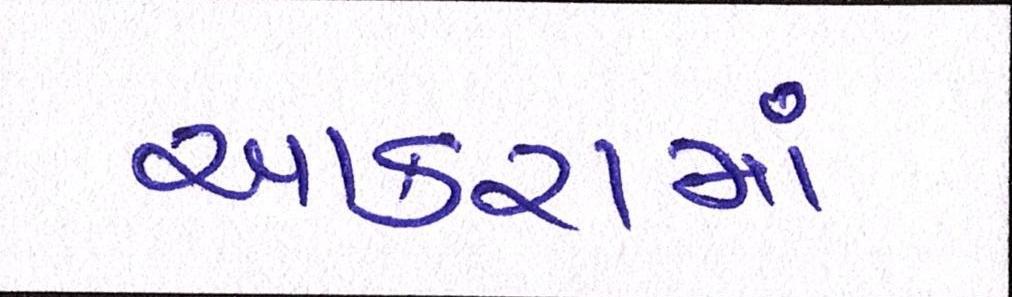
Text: આકરામાં